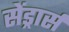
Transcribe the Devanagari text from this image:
सेंड्रार्स